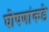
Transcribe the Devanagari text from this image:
घोषणांकडे